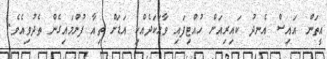
އީތަން އައިސް އެނދު ކައިރިއަށް ހުއްޓިފައި ވާހަކަދެއްކި އަޑަށް ތިއާ ފުންމައިގެން ތެދުވިއެވެ.